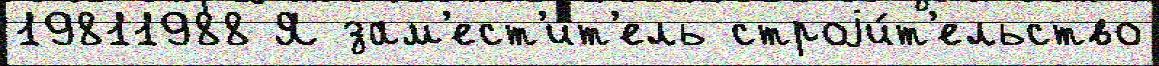
19811988 Я зам'ест'и́т'ель строjи́т'ельство